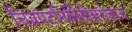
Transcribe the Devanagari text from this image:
चित्रपटनिर्मितीबरोबरच